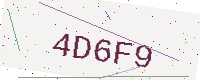
Text: 4D6F9